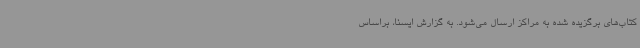
کتاب‌های برگزیده شده به مراکز ارسال می‌شود. به گزارش ایسنا، براساس